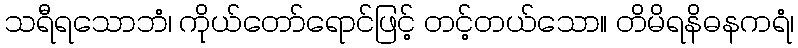
သရီရသောဘံ၊ ကိုယ်တော်ရောင်ဖြင့် တင့်တယ်သော။ တိမိရနိဓနကရံ၊